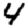
Digit: 4